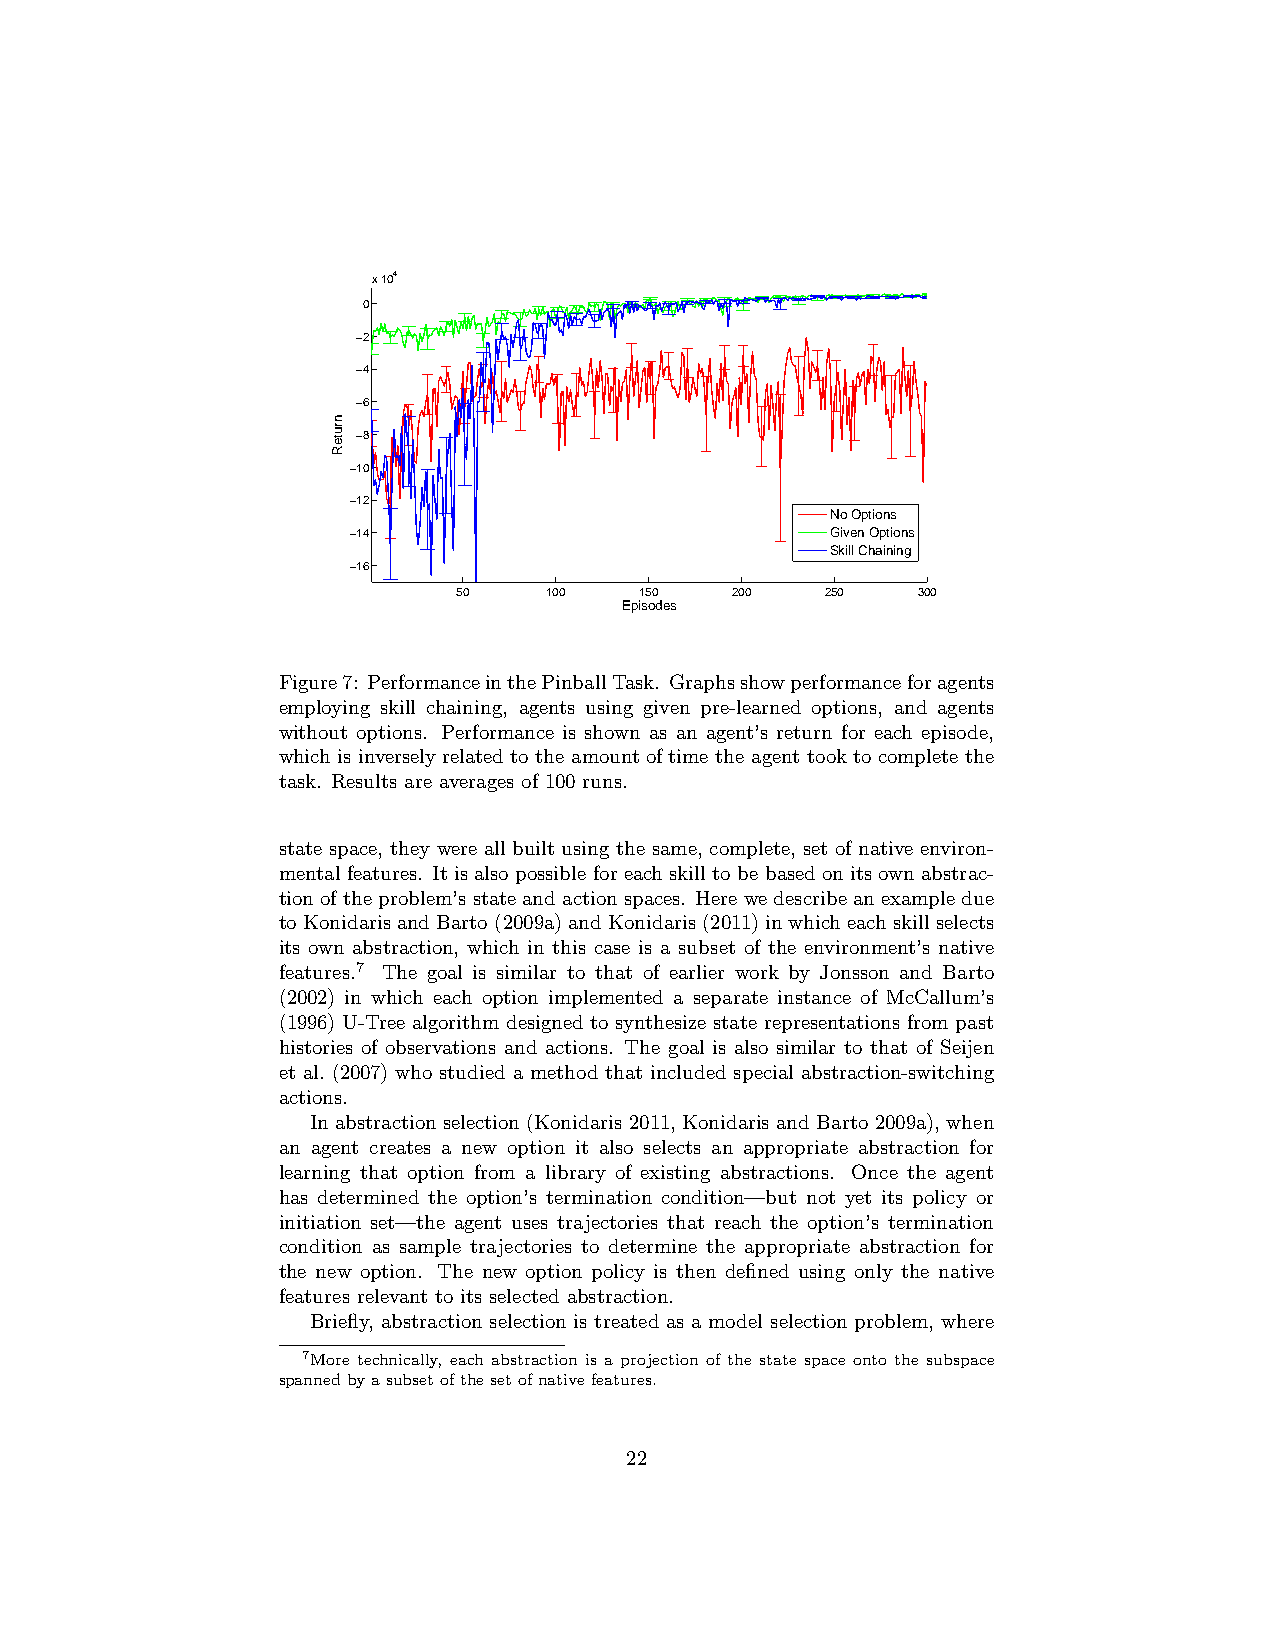
x 104
 0
 −2
 −4
 −6
 −8
 −10
 −12
 No Options
 −14                             Given Options
 Skill Chaining
 −16
 50    100   150   200    250   300
 Episodes
 Figure7: PerformanceinthePinballTask. Graphsshowperformanceforagents
 employing skill chaining, agents using given pre-learned options, and agents
 without options. Performance is shown as an agent’s return for each episode,
 which is inversely related to the amount of time the agent took to complete the
 task. Results are averages of 100 runs.
 state space, they were all built using the same, complete, set of native environ-
 mental features. It is also possible for each skill to be based on its own abstrac-
 tionoftheproblem’sstate andactionspaces. Herewedescribeanexampledue
 toKonidarisandBarto(2009a)andKonidaris(2011)inwhicheachskillselects
 its own abstraction, which in this case is a subset of the environment’s native
 features.7 The goal is similar to that of earlier work by Jonsson and Barto
 (2002) in which each option implemented a separate instance of McCallum’s
 (1996) U-Tree algorithm designed to synthesize state representations from past
 histories of observations and actions. The goal is also similar to that of Seijen
 et al. (2007) who studied a method that included special abstraction-switching
 actions.
 In abstraction selection (Konidaris 2011, Konidaris and Barto 2009a), when
 an agent creates a new option it also selects an appropriate abstraction for
 learning that option from a library of existing abstractions. Once the agent
 has determined the option’s termination condition—but not yet its policy or
 initiation set—the agent uses trajectories that reach the option’s termination
 condition as sample trajectories to determine the appropriate abstraction for
 the new option. The new option policy is then defined using only the native
 features relevant to its selected abstraction.
 Briefly, abstraction selection is treated as a model selection problem, where
 7More technically, each abstraction is a projection of the state space onto the subspace
 spannedbyasubsetofthesetofnativefeatures.
 22
 nruteR